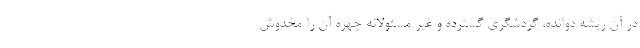
در آن ریشه دوانده، گردشگری گسترده و غیر مسئولانه چهره آن را مخدوش